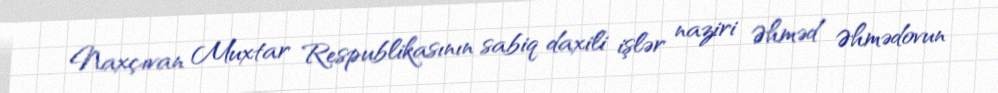
Naxçıvan Muxtar Respublikasının sabiq daxili işlər naziri Əhməd Əhmədovun